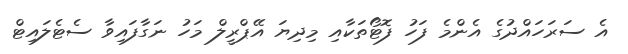
އެ ސަރަހައްދުގެ އެންމެ ފަހު ފޮޓޯތަކާއި މިދިޔަ އޭޕްރީލް މަހު ނަގާފައިވާ ސެޓެލައިޓް